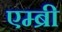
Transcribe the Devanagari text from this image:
एम्ब्री